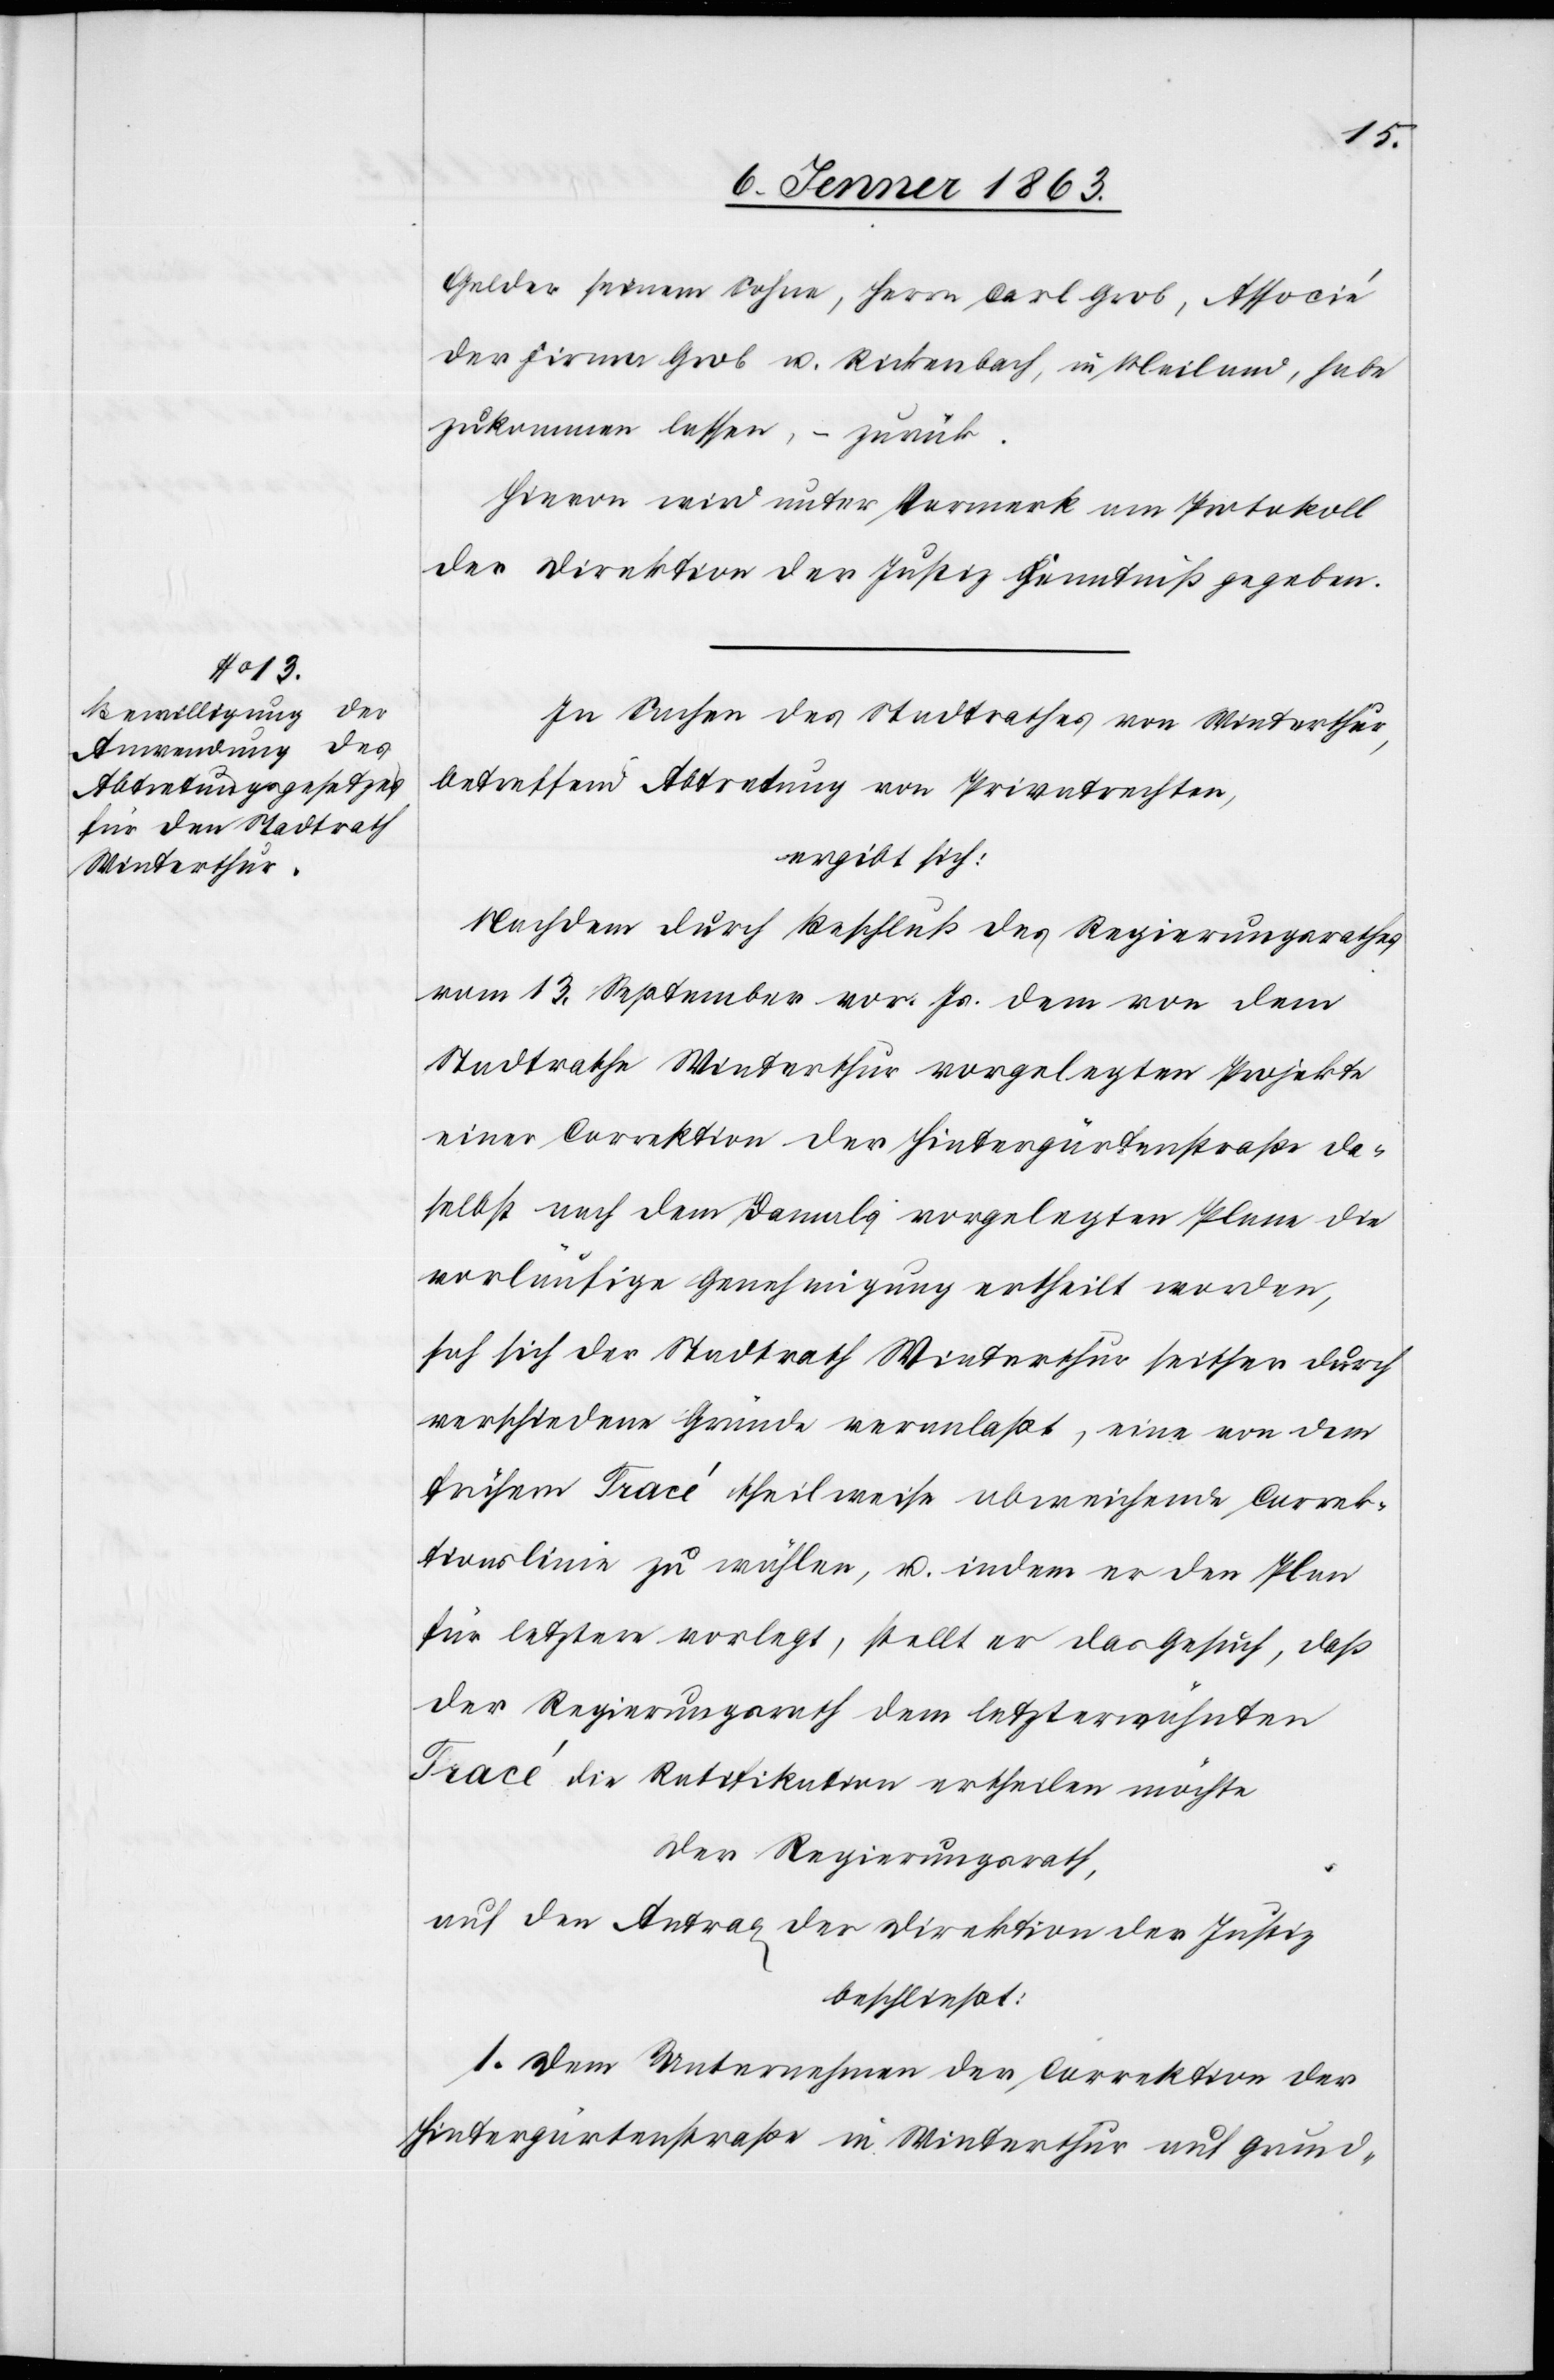
Gelder seinem Sohne, Herrn Carl Grob, Associé
der Firma Grob u. Rickenbach, in Mailand, habe
zukommen lasse, – zurück.
Hievon wird unter Vermerk am Protokoll
der Direktion der Justiz Kenntniß gegeben.
In Sachen des Stadtrathes von Winterthur,
betreffend Abtretung von Privatrechten,
ergibt sich:
Nachdem durch Beschluß des Regierungsrathes
vom 13. September vor. Js. dem von dem
Stadtrathe Winterthur vorgelegten Projekte
einer Correktion der Hintergärtenstraße da¬
selbst nach dem damals vorgelegten Plane die
vorläufige Genehmigung ertheilt worden,
hat sich der Stadtrath Winterthur seither durch
verschiedene Gründe veranlaßt, eine von dem
frühern Tracé theilweise abweichende Correk¬
tionslinie zu wählen, u. indem er den Plan
für letztere vorlegt, stellt er das Gesuch, daß
der Regierungsrath dem letzterwähnten
Tracé die Ratifikation ertheilen möchte
Der Regierungsrath,
auf den Antrag der Direktion der Justiz
beschließt:
1. Dem Unternehmen der Correktion der
Hintergärtenstraße in Winterthur auf Grund-